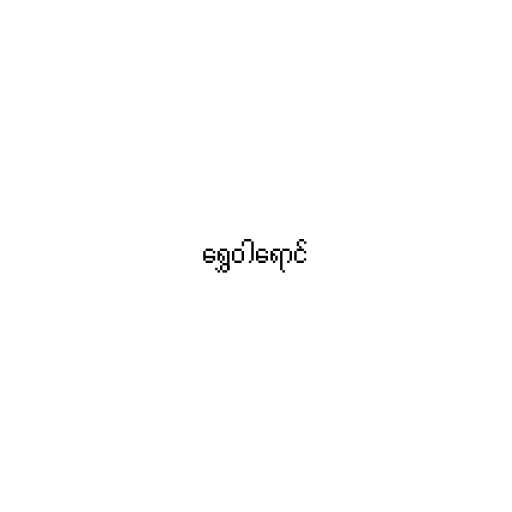
ရွှေဝါရောင်